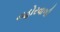
નહોરવાળી